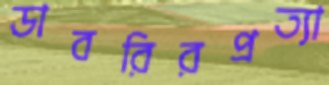
ডাবরিরপ্রত্যা